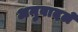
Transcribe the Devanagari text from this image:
अनुवादलें